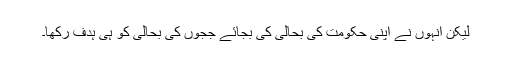
لیکن انہوں نے اپنی حکومت کی بحالی کی بجائے ججوں کی بحالی کو ہی ہدف رکھا۔